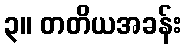
၃။ တတိယအခန်း